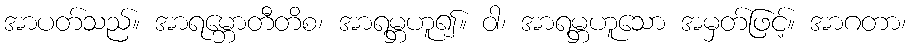
အာပတ်သည်။ အာရမ္ဘောတီတိစ၊ အာရမ္ဘဟူ၍။ ဝါ၊ အာရမ္ဘဟူသော အမှတ်ဖြင့်။ အာဂတာ၊